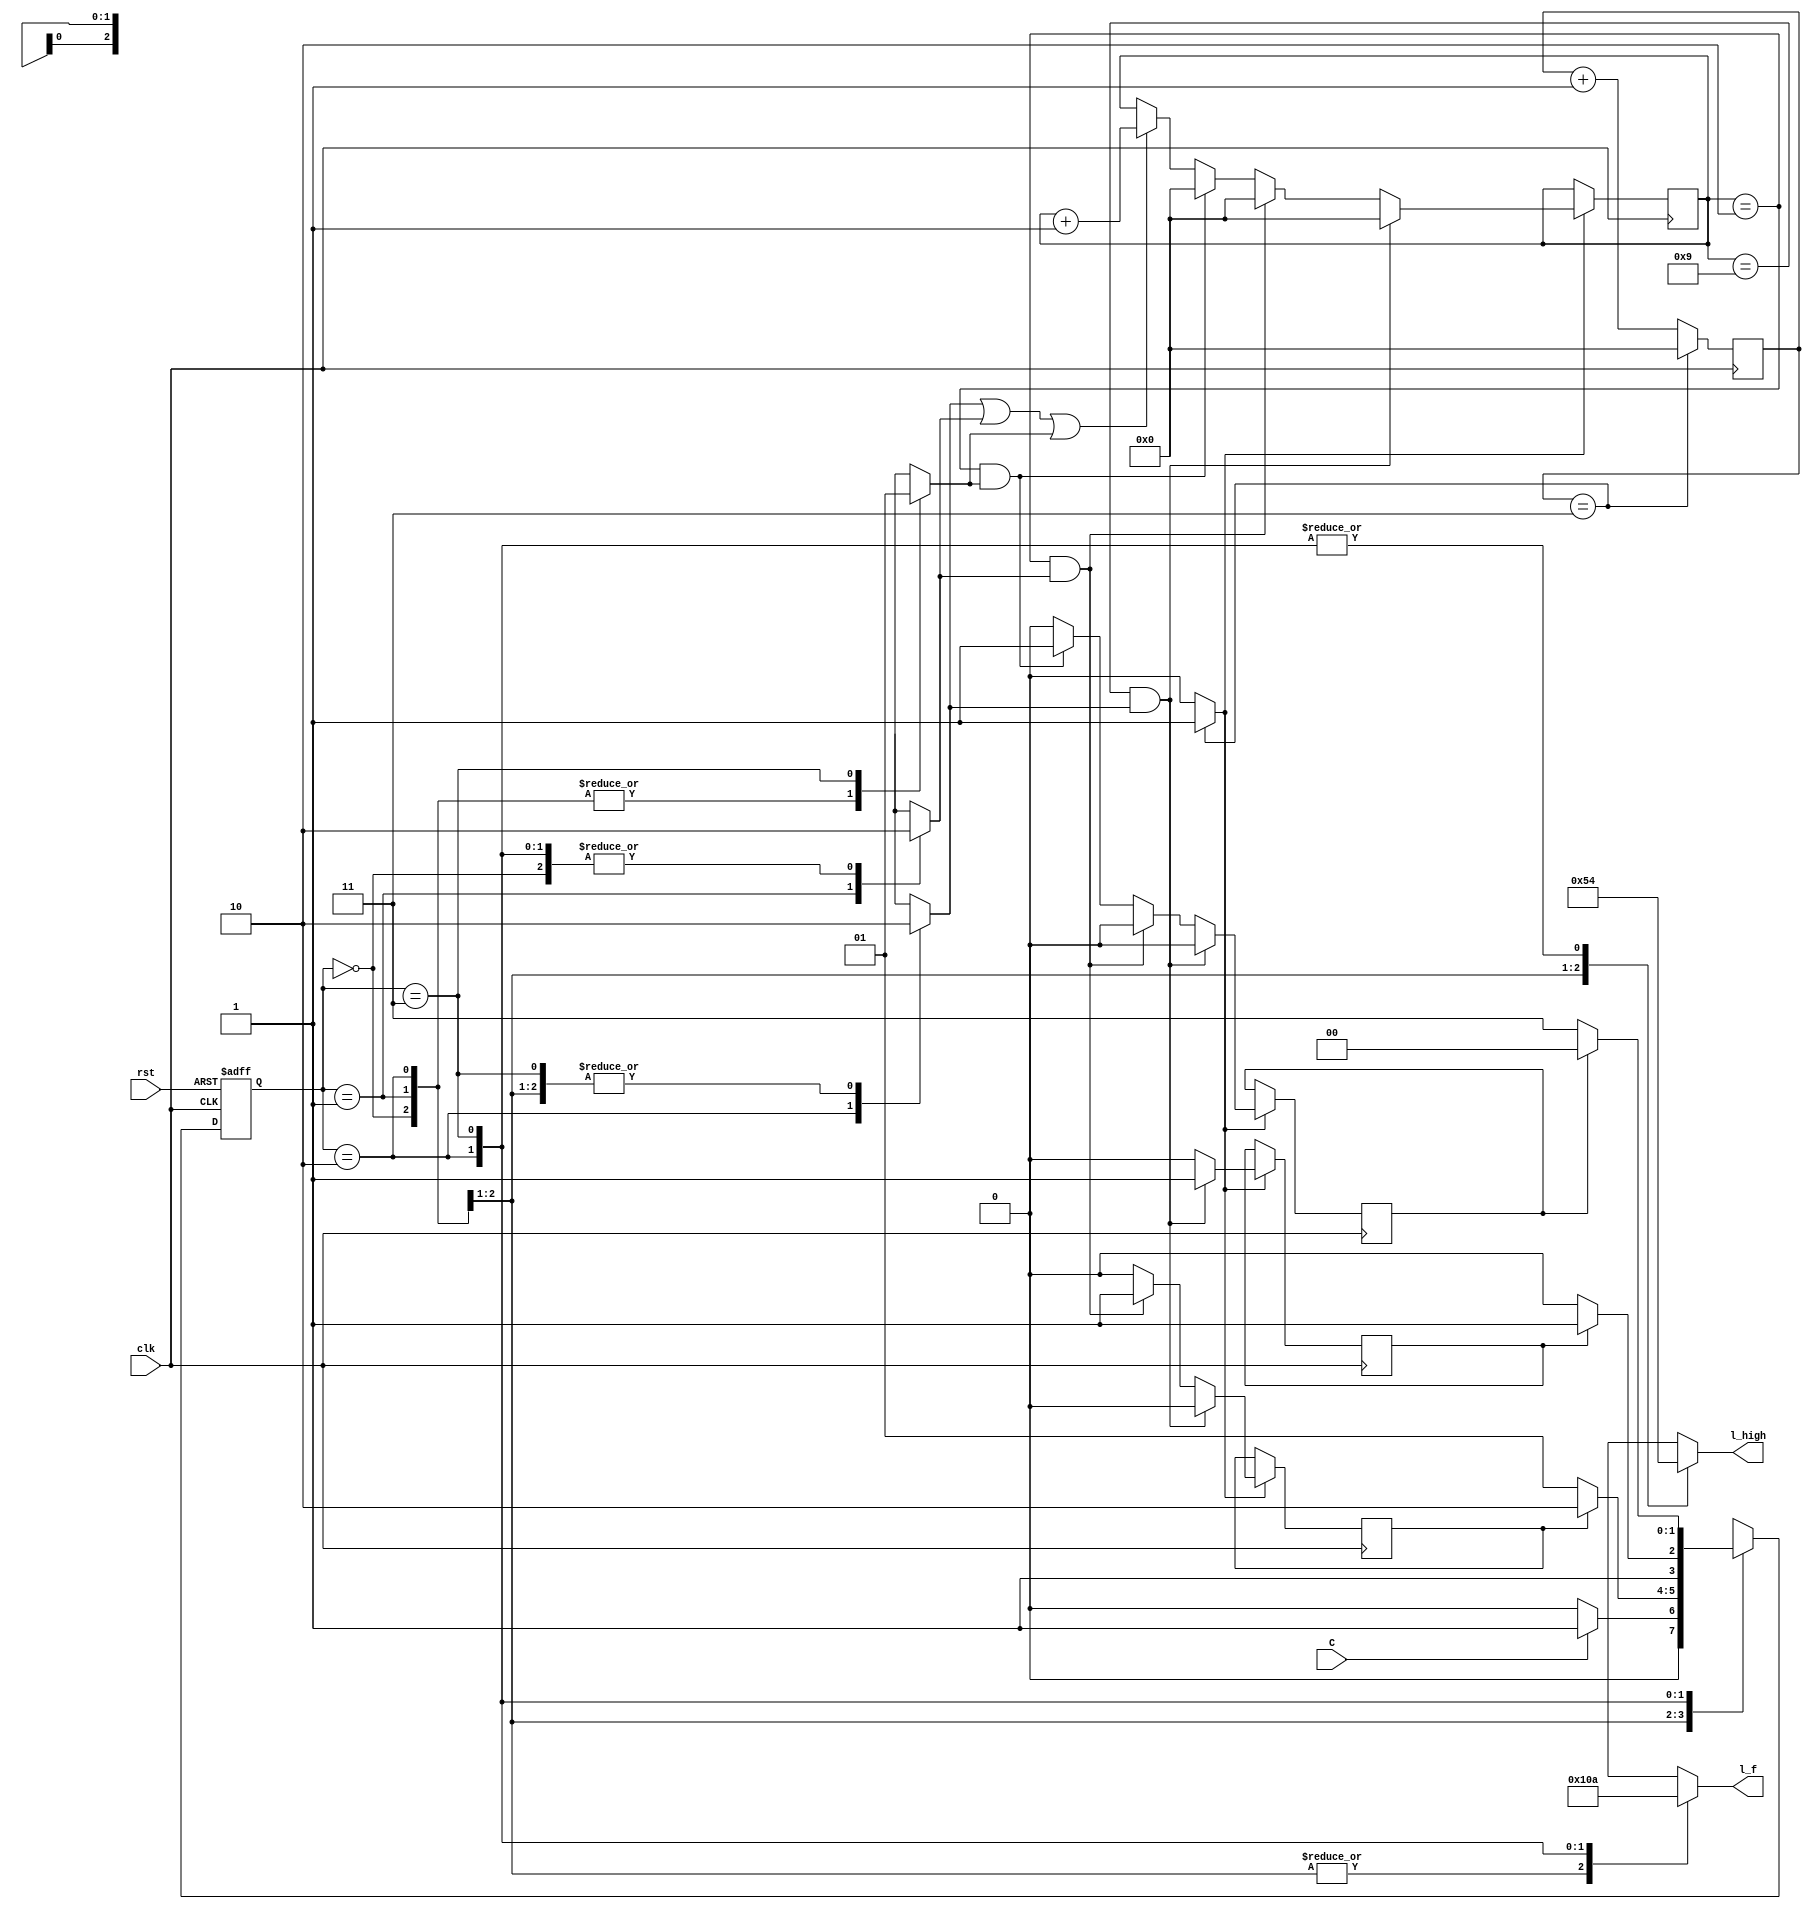

module t_light(l_high, l_f, C, clk, rst);
parameter HGRE_FRED=2'b00,
   HYEL_FRED = 2'b01,
   HRED_FGRE=2'b10,
   HRED_FYEL=2'b11;
input C, 
   clk, 
   rst; 
output reg[2:0] l_high, l_f; 

reg[27:0] count=0,count_del=0;
reg del10s=0, del3s1=0,del3s2=0,RED_count_en=0,YELLOW_count_en1=0,YELLOW_count_en2=0;
wire clk_en; 
reg[1:0] state, next_state;

always @(posedge clk or negedge rst)
begin
if(~rst)
 state <= 2'b00;
else 
 state <= next_state; 
end

always @(*)
begin
case(state)
HGRE_FRED: begin
 RED_count_en=0;
 YELLOW_count_en1=0;
 YELLOW_count_en2=0;
 l_high = 3'b001;
 l_f = 3'b100;
 if(C) next_state = HYEL_FRED; 
 
 else next_state =HGRE_FRED;
end
HYEL_FRED: begin
  l_high = 3'b010;
  l_f = 3'b100;
  RED_count_en=0;
 YELLOW_count_en1=1;
 YELLOW_count_en2=0;
  if(del3s1) next_state = HRED_FGRE;
  
  else next_state = HYEL_FRED;
end
HRED_FGRE: begin
 l_high = 3'b100;
 l_f = 3'b001;
 RED_count_en=1;
 YELLOW_count_en1=0;
 YELLOW_count_en2=0;
 if(del10s) next_state = HRED_FYEL;
 
 else next_state =HRED_FGRE;
end
HRED_FYEL:begin
 l_high = 3'b100;
 l_f = 3'b010;
 RED_count_en=0;
 YELLOW_count_en1=0;
 YELLOW_count_en2=1;
 if(del3s2) next_state = HGRE_FRED;
 
 else next_state =HRED_FYEL;
end
default: next_state = HGRE_FRED;
endcase
end

always @(posedge clk)
begin
if(clk_en==1) begin
 if(RED_count_en||YELLOW_count_en1||YELLOW_count_en2)
  count_del <=count_del + 1;
  if((count_del == 9)&&RED_count_en) 
  begin
   del10s=1;
   del3s1=0;
   del3s2=0;
   count_del<=0;
  end
  else if((count_del == 2)&&YELLOW_count_en1) 
  begin
   del10s=0;
   del3s1=1;
   del3s2=0;
   count_del<=0;
  end
  else if((count_del == 2)&&YELLOW_count_en2) 
  begin
   del10s=0;
   del3s1=0;
   del3s2=1;
   count_del<=0;
  end
  else
  begin
   del10s=0;
   del3s1=0;
   del3s2=0;
  end 
 end
end

always @(posedge clk)
begin
 count <=count + 1;
 
 if(count == 3) 
  count <= 0;
end
 assign clk_en = count==3 ? 1: 0; 
endmodule